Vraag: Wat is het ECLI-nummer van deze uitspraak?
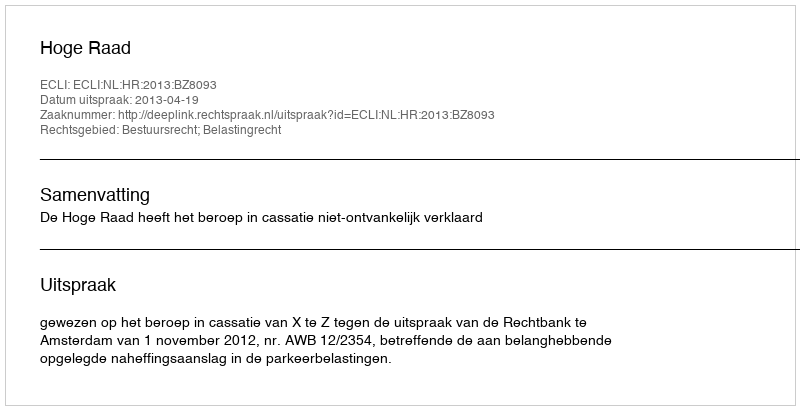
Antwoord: ECLI:NL:HR:2013:BZ8093